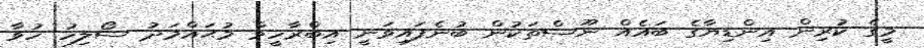
މީގެ ކުރިން އިންޑިޔާގެ ބައެއް ނޫސްތަކުން ބުނެފައިވަނީ އިބްރާހީމް މުޙައްމަދު ސޯލިހު ހުވާ